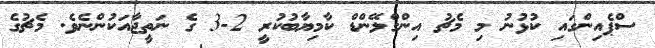
ސްޕެއިންގައި ކުޅުނު މި މެޗު އިންގްލޭންޑް ކާމިޔާބުކުރީ 2-3 ގެ ނަތީޖާއަކުންނެވެ. މެޗުގެ